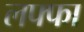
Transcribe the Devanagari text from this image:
लफ्फा